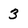
Character: 3